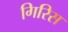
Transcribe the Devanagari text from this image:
गिरिस